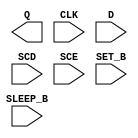
module sky130_fd_sc_lp__srsdfstp (
    Q      ,
    CLK    ,
    D      ,
    SCD    ,
    SCE    ,
    SET_B  ,
    SLEEP_B
);

    output Q      ;
    input  CLK    ;
    input  D      ;
    input  SCD    ;
    input  SCE    ;
    input  SET_B  ;
    input  SLEEP_B;

    // Voltage supply signals
    supply1 KAPWR;
    supply1 VPWR ;
    supply0 VGND ;
    supply1 VPB  ;
    supply0 VNB  ;

endmodule